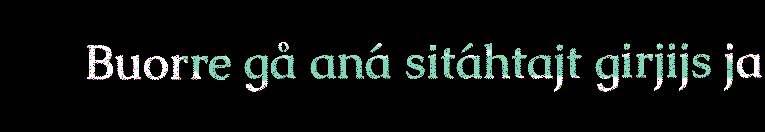
Buorre gå aná sitáhtajt girjijs ja